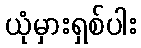
ယုံမှားရှစ်ပါး